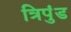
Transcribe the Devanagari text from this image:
त्रिपुंड